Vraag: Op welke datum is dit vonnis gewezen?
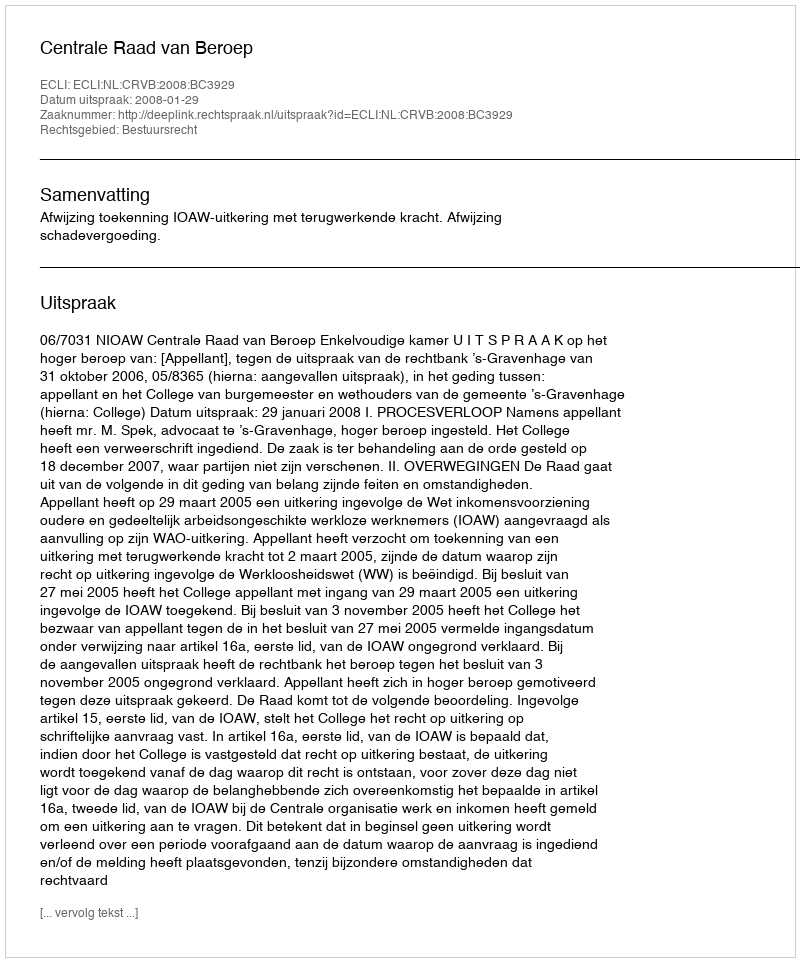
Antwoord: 2008-01-29